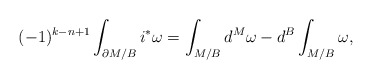
\begin{align*}(-1)^{k-n+1}\int_{\partial M/B}i^*\omega=\int_{M/B}d^M\omega-d^B\int_{M/B}\omega,\end{align*}